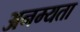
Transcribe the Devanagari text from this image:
अनम्यता